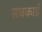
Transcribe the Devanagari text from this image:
सबकार्ड